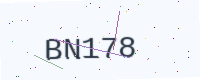
Text: BN178